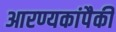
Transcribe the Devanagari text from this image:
आरण्यकांपैकी